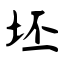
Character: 坯